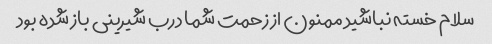
سلام خسته نباشید ممنون از زحمت شما درب شیرینی باز شده بود